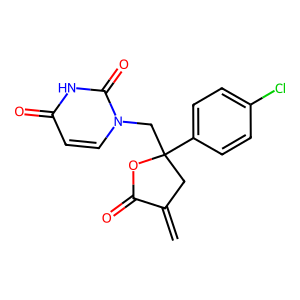
SMILES: C=C1CC(Cn2ccc(=O)[nH]c2=O)(c2ccc(Cl)cc2)OC1=O
Inhibits HIV replication: No